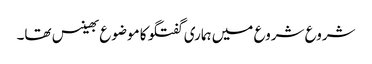
شروع شروع میں ہماری گفتگو کا موضوع بھینس تھا۔